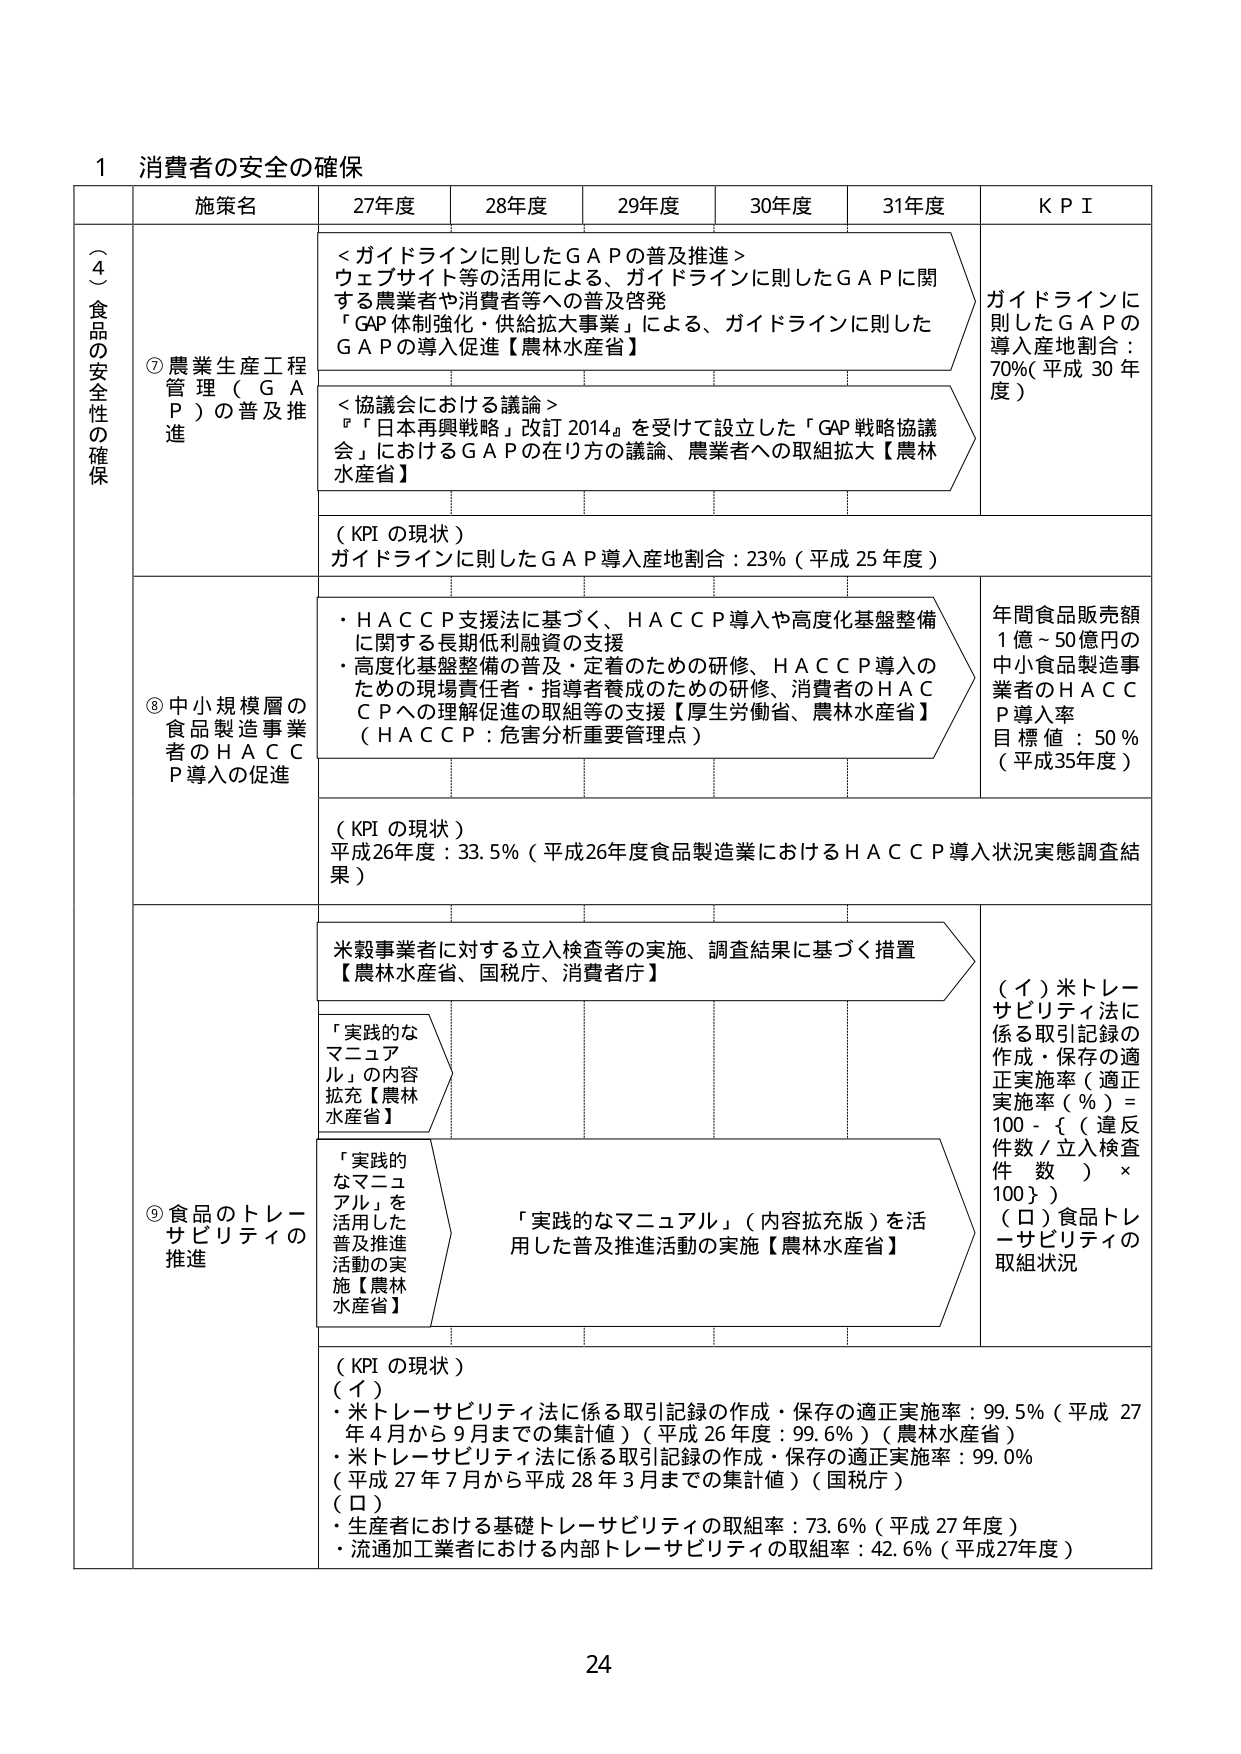
1 消費者の安全の確保

（４）食品の安全性の確保

施策名 27年度 28年度 29年度 30年度 31年度 KPI

⑦ 農業生産工程管理（GAP）の普及推進

＜ガイドラインに則したGAPの普及推進＞
ウェブサイト等の活用による、ガイドラインに則したGAPに関する農業者や消費者等への普及啓発
「GAP体制強化・供給拡大事業」による、ガイドラインに則したGAPの導入促進【農林水産省】

＜協議会における議論＞
『「日本再興戦略」改訂2014』を受けて設立した「GAP戦略協議会」におけるGAPの在り方の議論、農業者への取組拡大【農林水産省】

（KPIの現状）
ガイドラインに則したGAP導入産地割合：23%（平成25年度）

ガイドラインに則したGAPの導入産地割合：70%（平成30年度）

⑧ 中小規模層の食品製造事業者のHACCP導入の促進

・HACCP支援法に基づく、HACCP導入や高度化基盤整備に関する長期低利融資の支援
・高度化基盤整備の普及・定着のための研修、HACCP導入のための現場責任者・指導者養成のための研修、消費者のHACCPへの理解促進の取組等の支援【厚生労働省、農林水産省】
（HACCP：危害分析重要管理点）

（KPIの現状）
平成26年度：33.5%（平成26年度食品製造業におけるHACCP導入状況実態調査結果）

年間食品販売額1億～50億円の中小食品製造事業者のHACCP導入率
目標値：50%（平成35年度）

⑨ 食品のトレーサビリティの推進

米穀事業者に対する立入検査等の実施、調査結果に基づく措置【農林水産省、国税庁、消費者庁】

「実践的なマニュアル」の内容拡充【農林水産省】

「実践的なマニュアル」を活用した普及推進活動の実施【農林水産省】

「実践的なマニュアル」（内容拡充版）を活用した普及推進活動の実施【農林水産省】

（KPIの現状）
（イ）
・米トレーサビリティ法に係る取引記録の作成・保存の適正実施率：99.5%（平成27年4月から9月までの集計値）（平成26年度：99.6%）（農林水産省）
・米トレーサビリティ法に係る取引記録の作成・保存の適正実施率：99.0%（平成27年7月から平成28年3月までの集計値）（国税庁）
（ロ）
・生産者における基礎トレーサビリティの取組率：73.6%（平成27年度）
・流通加工業者における内部トレーサビリティの取組率：42.6%（平成27年度）

（イ）米トレーサビリティ法に係る取引記録の作成・保存の適正実施率（%）＝100 - {（違反件数／立入検査件数）×100}
（ロ）食品トレーサビリティの取組状況

24